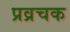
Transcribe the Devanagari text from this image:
प्रव्रचक